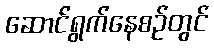
ဆောင်ရွက်နေစဉ်တွင်